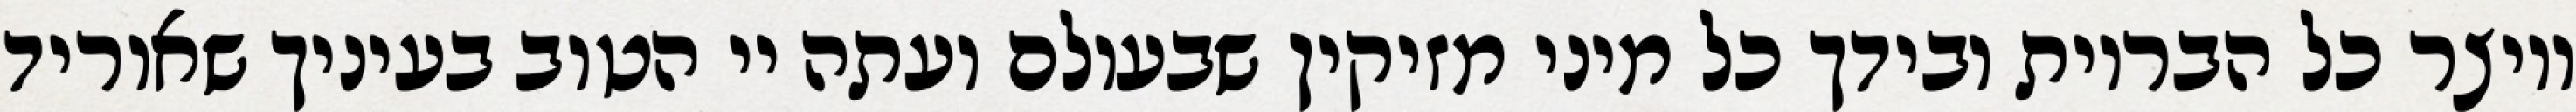
ויוצר כל הבריות ובידך כל מיני מזיקין שבעולם ועתה יי הטוב בעיניך שאוריד